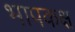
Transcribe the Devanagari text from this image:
भापकक्ष